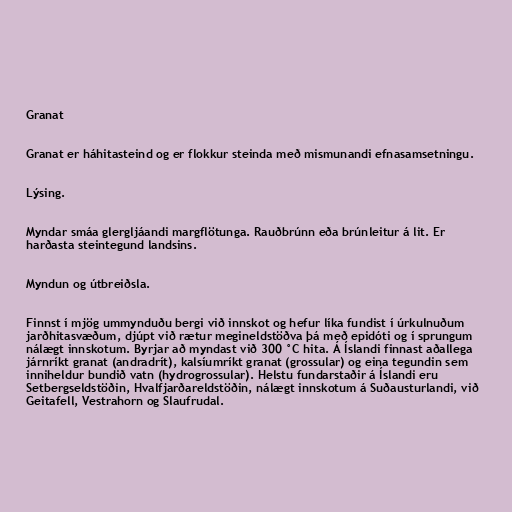
Granat

Granat er háhitasteind og er flokkur steinda með mismunandi efnasamsetningu.

Lýsing.

Myndar smáa glergljáandi margflötunga. Rauðbrúnn eða brúnleitur á lit. Er
harðasta steintegund landsins.

Myndun og útbreiðsla.

Finnst í mjög ummynduðu bergi við innskot og hefur líka fundist í úrkulnuðum
jarðhitasvæðum, djúpt við rætur megineldstöðva þá með epidóti og í sprungum
nálægt innskotum. Byrjar að myndast við 300 °C hita. Á Íslandi finnast aðallega
járnríkt granat (andradrít), kalsíumríkt granat (grossular) og eina tegundin sem
inniheldur bundið vatn (hydrogrossular). Helstu fundarstaðir á Íslandi eru
Setbergseldstöðin, Hvalfjarðareldstöðin, nálægt innskotum á Suðausturlandi, við
Geitafell, Vestrahorn og Slaufrudal.